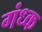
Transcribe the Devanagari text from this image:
गंध्क